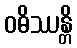
ဝဓိဿန္တိ